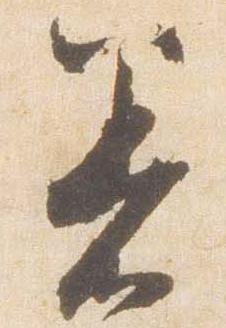
着